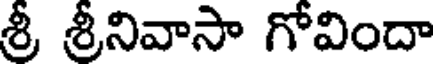
శ్రీ శ్రీనివాసా గోవిందా